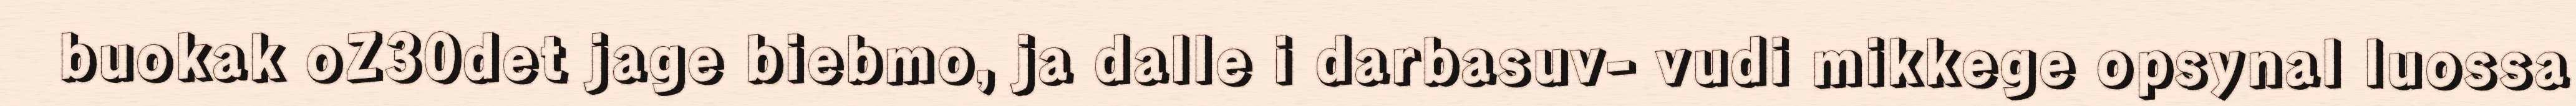
buokak oZ30det jage biebmo, ja dalle i darbasuv- vudi mikkege opsynal luossa